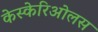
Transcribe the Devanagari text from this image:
केस्केरिओलस